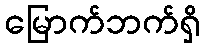
မြောက်ဘက်ရှိ